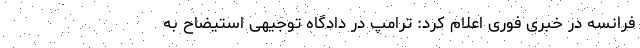
فرانسه در خبری فوری اعلام کرد: ترامپ در دادگاه توجیهی استیضاح به